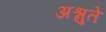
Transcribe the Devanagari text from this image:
अश्नुते